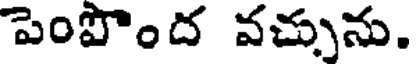
పెంపొంద వచ్చును.